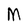
Character: M